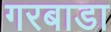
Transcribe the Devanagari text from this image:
गरबाडा